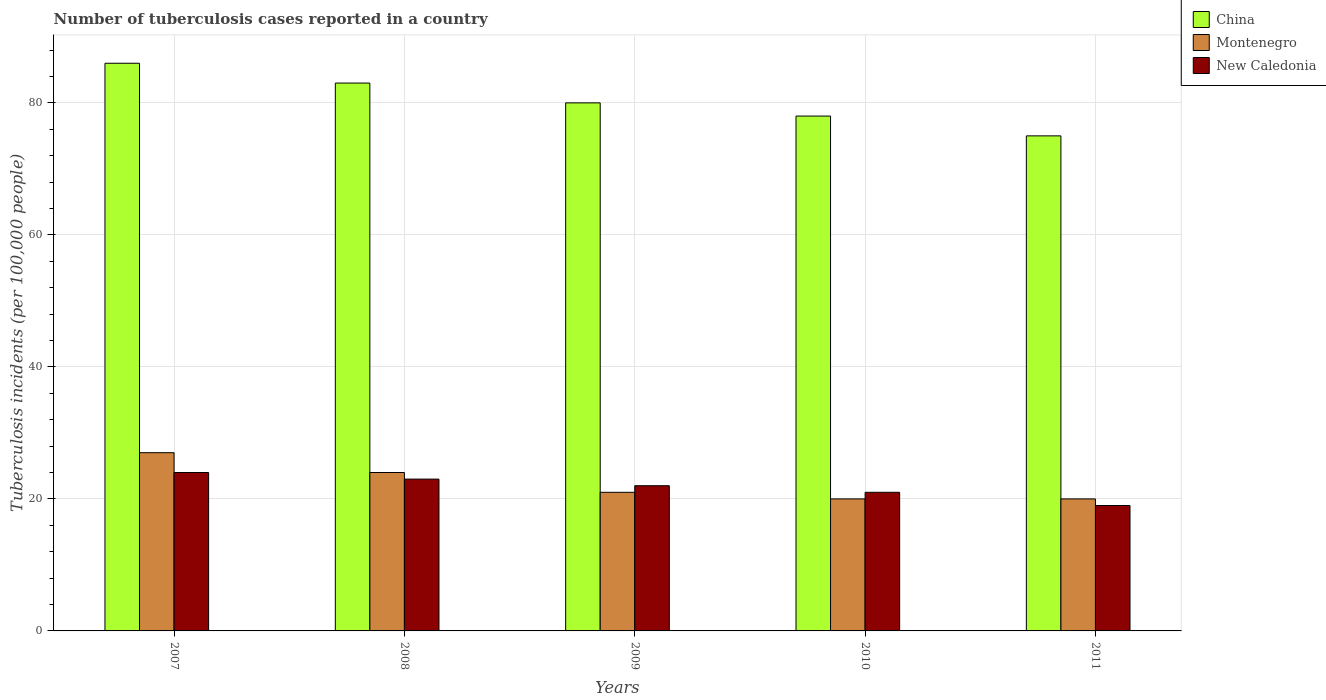
| Years | China | Montenegro | New Caledonia |
 | --- | --- | --- | --- |
 | 2007 | 86 | 27 | 24 |
 | 2008 | 83 | 24 | 23 |
 | 2009 | 80 | 21 | 22 |
 | 2010 | 78 | 20 | 21 |
 | 2011 | 75 | 20 | 19 |